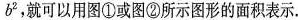
b ^ { 2 }$$，就可以用图①或图②所示图形的面积表示。